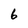
Character: 6